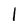
Character: l